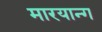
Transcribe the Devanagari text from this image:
मारयान्ग